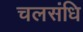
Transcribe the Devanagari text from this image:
चलसंधि